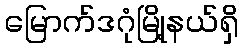
မြောက်ဒဂုံမြို့နယ်ရှိ